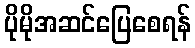
ပိုမိုအဆင်ပြေစေရန်